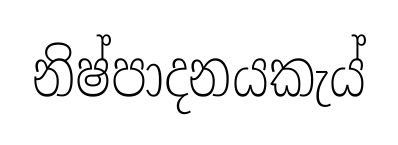
නිෂ්පාදනයකැය්